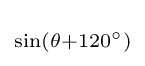
\scriptstyle \sin(\theta +120^{\circ })